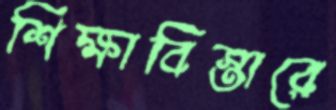
শিক্ষাবিস্তারে